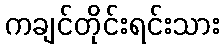
ကချင်တိုင်းရင်းသား